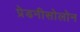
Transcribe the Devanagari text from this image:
प्रेडनीसोलोन